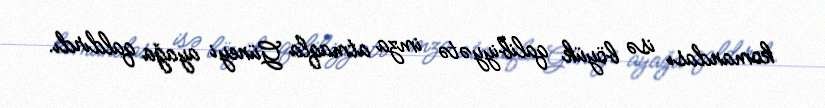
komandası isə böyük qalibiyyətə imza atmaqla Güneyi ayağa qaldırdı.